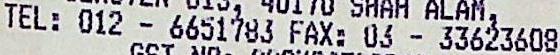
TEL: 012 - 6651783 FAX: 03 - 33623608